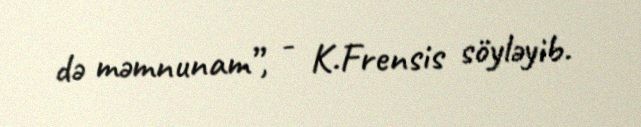
də məmnunam”, - K.Frensis söyləyib.